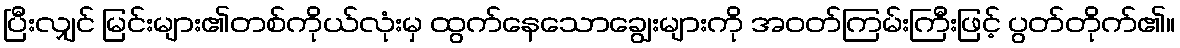
ပြီးလျှင် မြင်းများ၏တစ်ကိုယ်လုံးမှ ထွက်နေသောချွေးများကို အဝတ်ကြမ်းကြီးဖြင့် ပွတ်တိုက်၏။